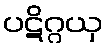
ပဋိဂ္ဂယှ